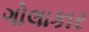
ગોલાકાર